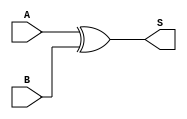
`timescale 1ns / 1ps
//////////////////////////////////////////////////////////////////////////////////
// Company: 
// Engineer: 
// 
// Design Name: 
// Module Name:    xnor64 
// Project Name: 
// Target Devices: 
// Tool versions: 
// Description: 
//
// Dependencies: 
//
// Revision: 
// Revision 0.01 - File Created
// Additional Comments: 
//
//////////////////////////////////////////////////////////////////////////////////
// This actually performs XOR, not XNOR
module xnor64(
    input [63:0] A,
    input [63:0] B,
    output [63:0] S
    );

	assign S = A ^ B;

endmodule